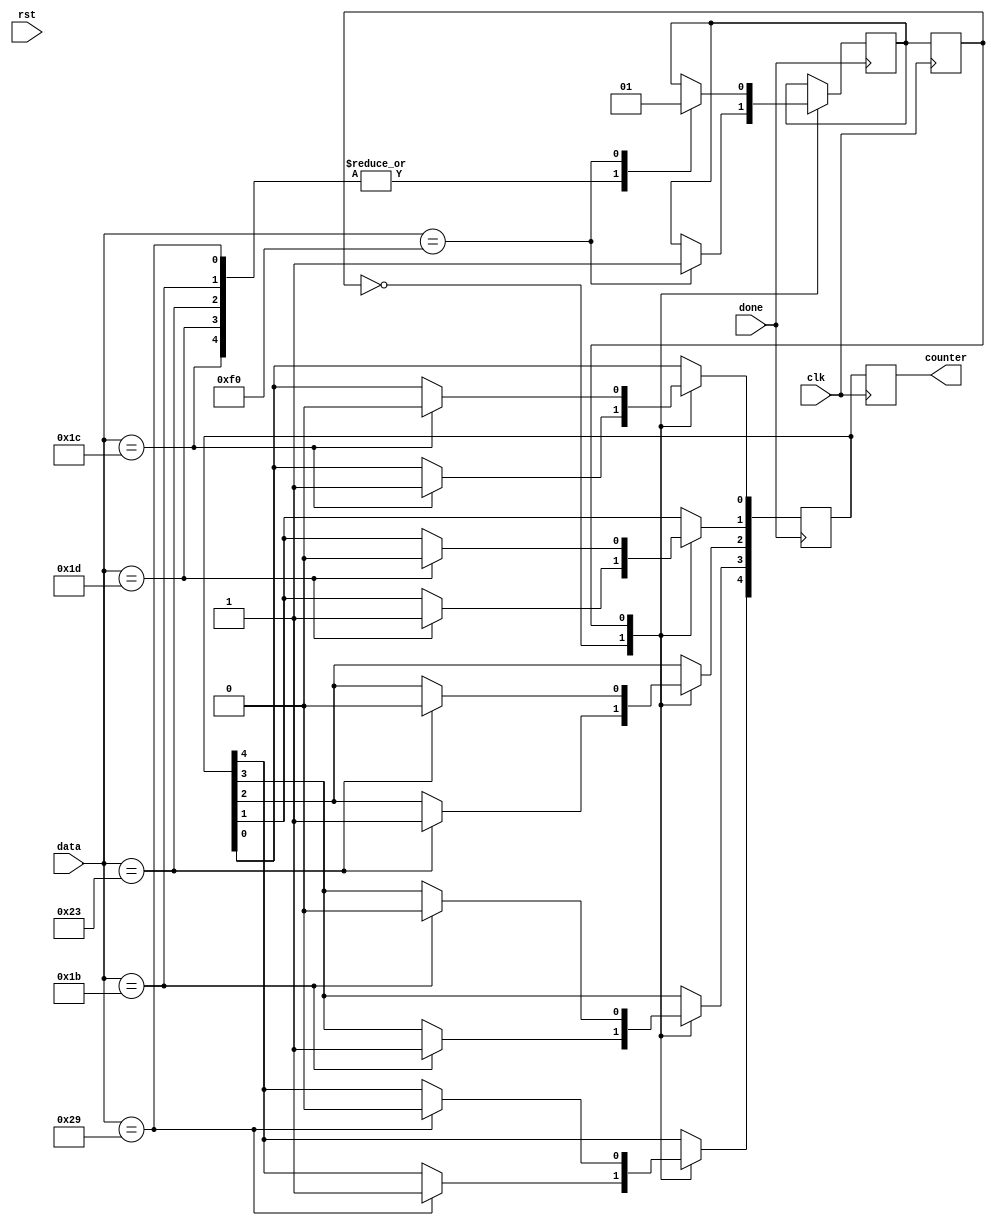
//module ps2_process(
//    input wire clk,
//    input wire rst,
//    input wire done,
//    input wire[7:0] data,
//    output reg[4:0] counter
//);
//localparam[7:0] key_a = 8'h70, key_s = 8'hb1, key_d = 8'h88, key_bk = 8'h1f, key_sp = 8'h28,key_w = 8'h71;
//reg del;
//initial begin
//    counter = 0;
//    del = 1'b0;
//end

//always @(posedge done)
//begin
//    if(data == key_bk)
//        del = 1'b1;
//    else 
//    begin 
//        case(data)
//            key_a:
//                counter[0] = ~del;
//            key_w:
//                counter[1] = ~del;
//            key_d:
//                counter[2] = ~del;
//            key_s:
//                counter[3] = ~del;
//            key_sp:
//                counter[4] = ~del;
//        endcase
//        del = 1'b0;
//    end  
//end
//endmodule
module ps2_process(
    input wire clk,
    input wire rst,
    input wire done,
    input wire[7:0] data,
    output reg[4:0] counter
);
localparam[7:0] key_a = 8'h1c, key_s = 8'h1b, key_d = 8'h23, key_bk = 8'hF0, key_sp = 8'h29,key_w = 8'h1d;
reg state_next;
reg state;
reg[4:0] counter_temp;
initial begin
    counter = 0;
    counter_temp = 0;
    state = 1'b0;
    state_next = 1'b0;
end

always @(posedge clk)
begin
    state <= state_next;
    counter <= counter_temp;
end

always @(posedge done)
begin
    case (state)
        1'b0: 
        case(data)
            key_a:
                counter_temp[0] <= 1'b1;
            key_w:
                counter_temp[1] <= 1'b1;
            key_d:
                counter_temp[2] <= 1'b1;
            key_s:
                counter_temp[3] <= 1'b1;
            key_sp:
                counter_temp[4] <= 1'b1;
            key_bk:
                state_next <= 1'b1;
        endcase
        1'b1: 
        case(data)
            key_a:
            begin 
                state_next <= 1'b0;
                counter_temp[0] <= 1'b0;
            end 
            key_w:
            begin 
                state_next <= 1'b0;
                counter_temp[1] <= 1'b0;
            end 
            key_d:
            begin 
                state_next <= 1'b0;
                counter_temp[2] <= 1'b0;
            end 
            key_s:
            begin 
                state_next <= 1'b0;
                counter_temp[3] <= 1'b0;
            end 
            key_sp:
            begin 
                state_next <= 1'b0;
                counter_temp[4] <= 1'b0;
            end 
            key_bk:
                state_next <= 1'b1;
        endcase 
    endcase
end
endmodule